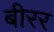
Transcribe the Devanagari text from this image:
बीरर